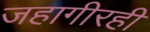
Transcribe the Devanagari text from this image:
जहागीरही